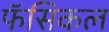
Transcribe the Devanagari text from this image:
फॅसिकल